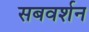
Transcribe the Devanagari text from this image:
सबवर्शन